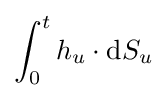
\int _{0}^{t}h_{u}\cdot \mathrm {d} S_{u}